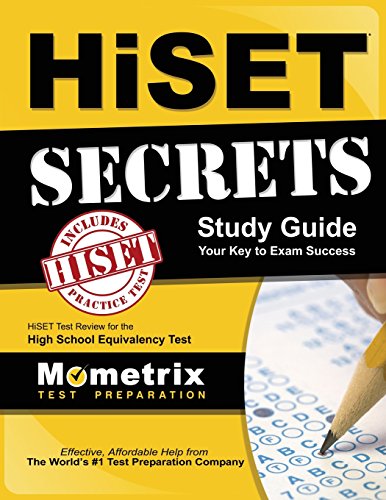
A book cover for HiSET Secrets Study Guide: HiSET Test Review for the High School Equivalency Test; HiSET Exam Secrets Test Prep Team; Test Preparation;